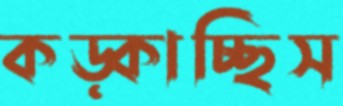
কড়্‌কাচ্ছিস